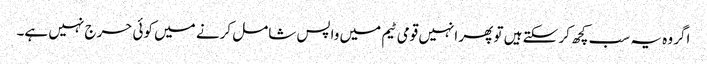
اگر وہ یہ سب کچھ کر سکتے ہیں تو پھر انہیں قومی ٹیم میں واپس شامل کرنے میں کوئی حرج نہیں ہے۔